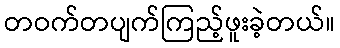
တဝက်တပျက်ကြည့်ဖူးခဲ့တယ်။